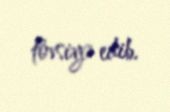
tövsiyə edib.